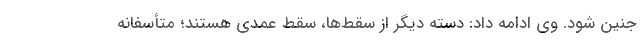
جنین شود. وی ادامه داد: دسته دیگر از سقط‌‌ها، سقط عمدی هستند؛ متأسفانه